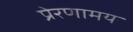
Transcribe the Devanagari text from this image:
प्रेरणामय